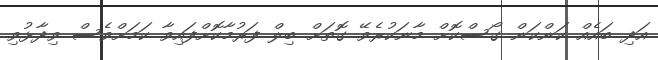
އަދި ބައެއް ކަންކަން ގޯސްކޮށް މާނަކުރެވޭ ގޮތަށް ބިލް ފަރުމާކޮށްފައިވާ ކަމަށްވެސް ވިދާޅުވި